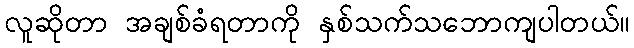
လူဆိုတာ အချစ်ခံရတာကို နှစ်သက်သဘောကျပါတယ်။